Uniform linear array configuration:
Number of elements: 24
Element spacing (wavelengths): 1
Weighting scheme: blackman
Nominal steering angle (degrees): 60
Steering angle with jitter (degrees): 58.758
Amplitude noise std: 0.05
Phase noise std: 0.05

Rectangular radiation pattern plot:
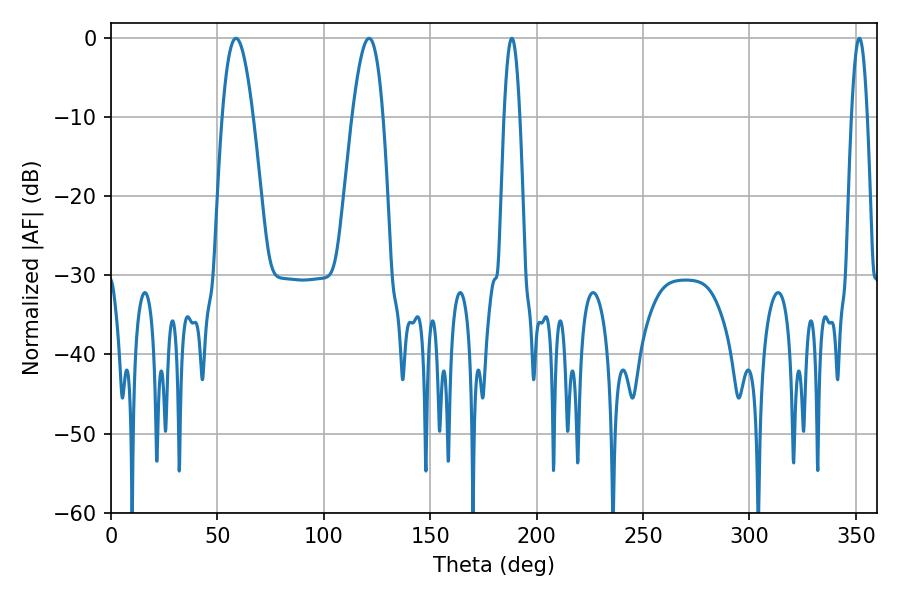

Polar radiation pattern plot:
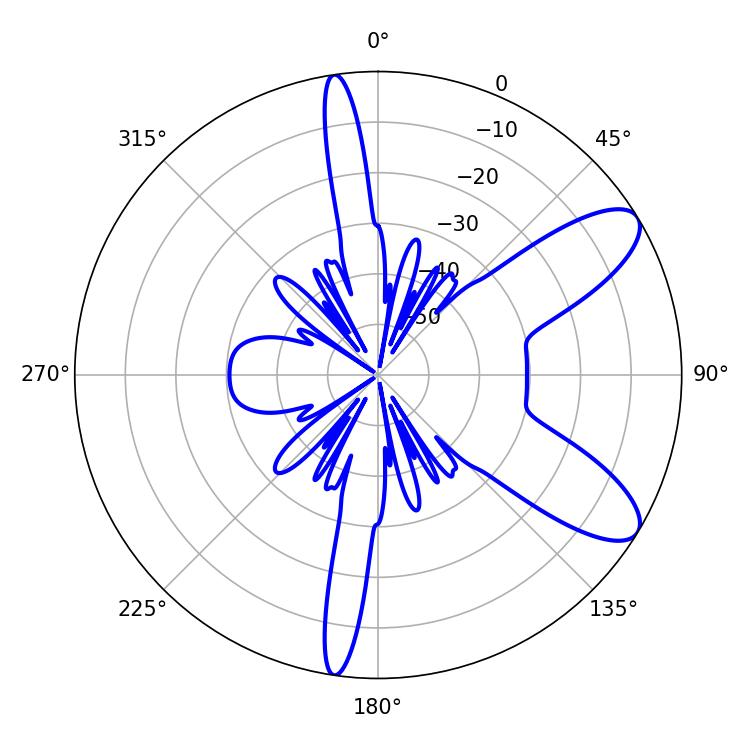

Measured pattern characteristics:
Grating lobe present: TRUE
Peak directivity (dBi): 9.305
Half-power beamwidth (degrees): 7.92
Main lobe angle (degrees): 58.68